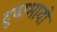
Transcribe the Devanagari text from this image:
दुष्प्रभावो